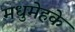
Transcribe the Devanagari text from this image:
मधुमेहके